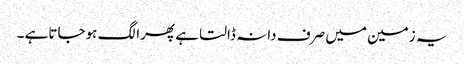
یہ زمین میں صرف دانہ ڈالتا ہے پھرا لگ ہوجاتاہے ۔